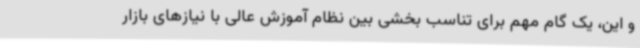
و این، یک گام مهم برای تناسب بخشی بین نظام آموزش عالی با نیازهای بازار